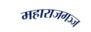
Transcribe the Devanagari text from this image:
महाराजगञ्ज